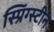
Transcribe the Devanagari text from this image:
स्प्रिंग्स्टीन